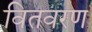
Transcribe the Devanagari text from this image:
वितवरण